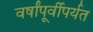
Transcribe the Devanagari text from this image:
वर्षांपूर्वीपर्यत